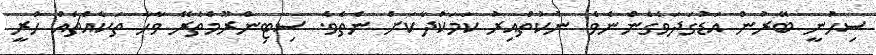
ސިހުނީ ބޭރުން އަޑުގަދަވެގެންނެވެ. ނުކުތްއިރު ކަމަކުދާކަށް ނެތެވެ. ސިޓިންރޫމްތެރޭ ވާހާ ތަކެއްޗެއް ހުރީ